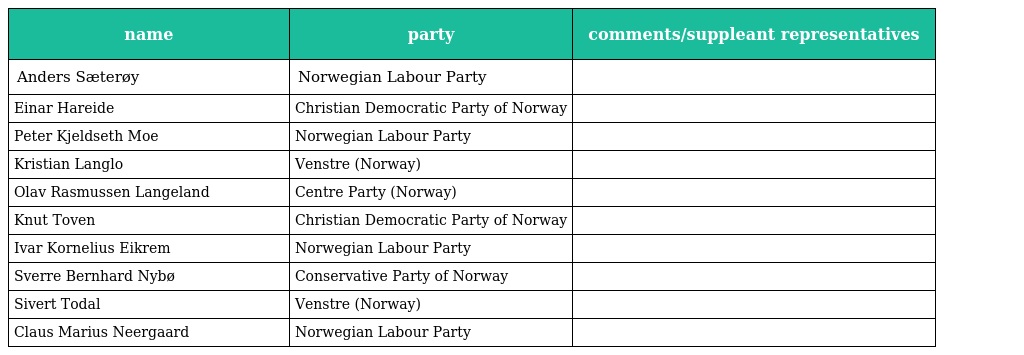
| name | party | comments/suppleant representatives |
 | --- | --- | --- |
 | Anders Sæterøy | Norwegian Labour Party |  |
 | Einar Hareide | Christian Democratic Party of Norway |  |
 | Peter Kjeldseth Moe | Norwegian Labour Party |  |
 | Kristian Langlo | Venstre (Norway) |  |
 | Olav Rasmussen Langeland | Centre Party (Norway) |  |
 | Knut Toven | Christian Democratic Party of Norway |  |
 | Ivar Kornelius Eikrem | Norwegian Labour Party |  |
 | Sverre Bernhard Nybø | Conservative Party of Norway |  |
 | Sivert Todal | Venstre (Norway) |  |
 | Claus Marius Neergaard | Norwegian Labour Party |  |